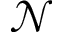
\mathcal { N }